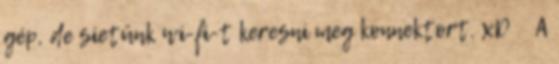
gép, de sietünk wi-fi-t keresni meg konnektort. xD A